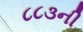
૮૮૩ની